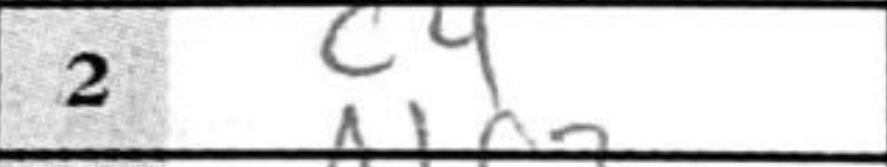
Transcription: c4